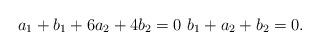
LaTeX: \begin{align*} a_1 + b_1 +6 a_2 + 4 b_2=0 \, \, b_1 + a_2 +b_2 =0.\end{align*}